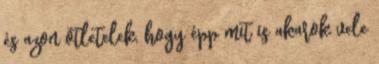
és azon ötletelek, hogy épp mit is akarok vele